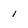
Character: i